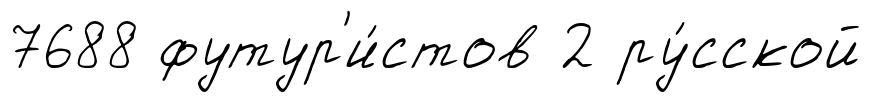
7688 футур'и́стов 2 ру́сской